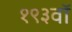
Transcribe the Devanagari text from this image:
१९३वॉ